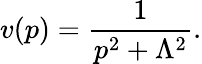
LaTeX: v(p)={\frac{1}{p^{2}+\Lambda^{2}}}.